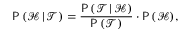
\mathsf { P } \, ( \mathcal { H } \, | \, \mathcal { T } ) = \frac { \mathsf { P } \, ( \mathcal { T } \, | \, \mathcal { H } ) } { \mathsf { P } \, ( \mathcal { T } ) } \cdot \mathsf { P } \, ( \mathcal { H } ) ,